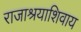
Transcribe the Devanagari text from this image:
राजाश्रयाशिवाय